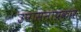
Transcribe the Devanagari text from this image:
उपासनाप्रकार